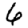
Digit: 6